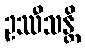
ဥဿီသန္တိ